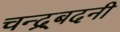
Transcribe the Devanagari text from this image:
चन्द्र्बदनी